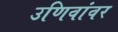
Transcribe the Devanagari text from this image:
उणिवांवर